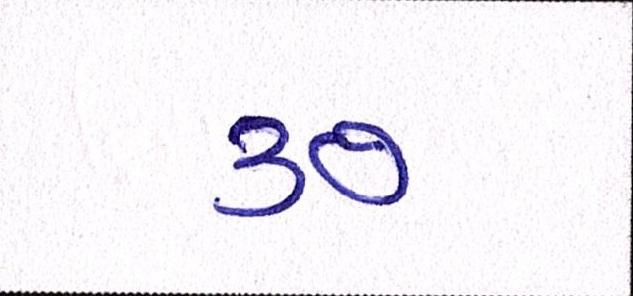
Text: ૩૭